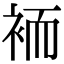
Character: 袻